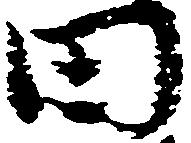
田